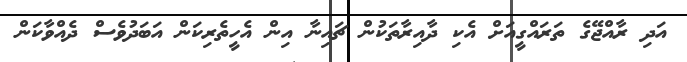
އަދި ރާއްޖޭގެ ތަރައްގީއަށް އެކި ދާއިރާތަކުން ޗައިނާ އިން އެހީތެރިކަން އަބަދުވެސް ދެއްވާކަން